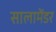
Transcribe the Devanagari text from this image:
सालामेंडर